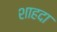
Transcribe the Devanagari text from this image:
शाहदा